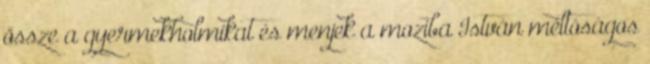
össze a gyermekholmikat és menjek a moziba István méltóságos